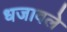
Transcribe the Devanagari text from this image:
धजावले